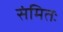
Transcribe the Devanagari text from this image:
संमितः